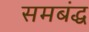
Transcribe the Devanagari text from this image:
समबंद्ध